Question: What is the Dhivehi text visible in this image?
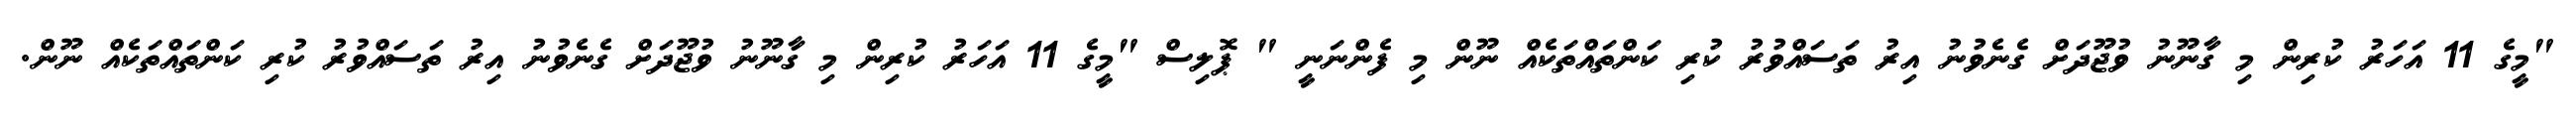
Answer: "މީގެ 11 އަހަރު ކުރިން މި ގާނޫނު ވުޖޫދަށް ގެނެވުނު އިރު ތަސައްވުރު ކުރި ކަންތައްތަކެއް ނޫން މި ފެންނަނީ " ޕޮލިސް "މީގެ 11 އަހަރު ކުރިން މި ގާނޫނު ވުޖޫދަށް ގެނެވުނު އިރު ތަސައްވުރު ކުރި ކަންތައްތަކެއް ނޫން.